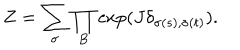
Z = \sum _ { \sigma } \prod _ { B } \exp ( J \delta _ { \sigma ( s ) , \sigma ( t ) } ) .